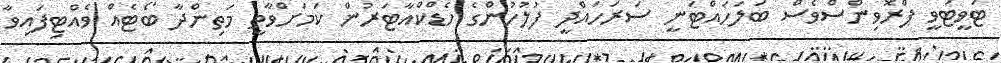
ޓަވީޓަވީ ޕްރޮވިންސްވެސް ބަލަހައްޓަނީ ސަރަހައްދީ ފުލުހުންގެ ހެޑްކްއާޓަރުން ކަމަށްވާތީ މަތިންދާ ބޯޓެއް ވެއްޓިފައިވާ